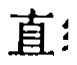
直